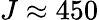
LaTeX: J\approx 450